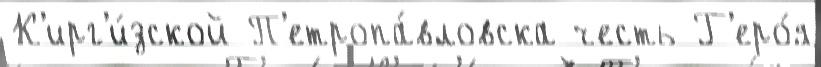
К'ирг'и́зской П'етропа́вловска честь Г'еро́я